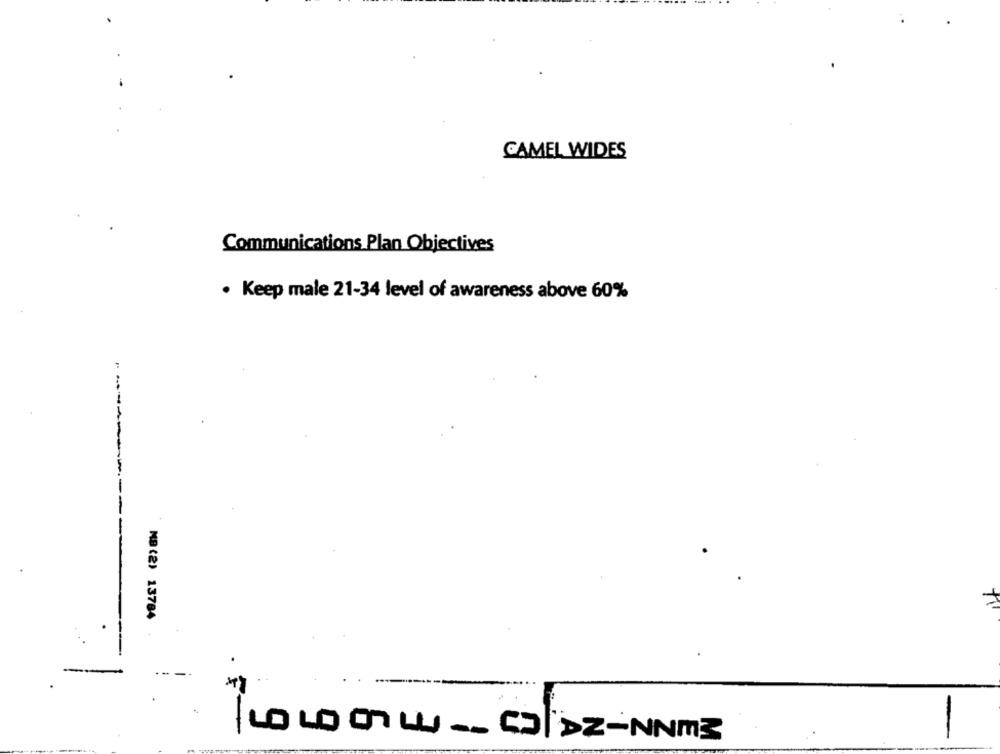
CAMEL WIDES
Communications Plan Objectives
· Keep male 21-34 level of awareness above 60%
----
MB (2) 13784
.
.
-
----
-
LO LO Ow- CDIDZ-NNm3